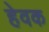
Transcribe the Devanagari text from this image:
हेवक